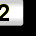
Digit: 2